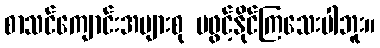
စာသင်ကျောင်းအများစု မဖွင့်နိုင်ကြသေးပါဘူး။